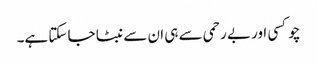
چوکسی اور بے رحمی سے ہی ان سے نبٹا جا سکتا ہے۔